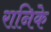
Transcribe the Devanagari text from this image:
रानिके